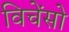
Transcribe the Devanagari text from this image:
विचेंसो